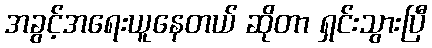
အခွင့်အရေးယူနေတယ် ဆိုတာ ရှင်းသွားပြီ